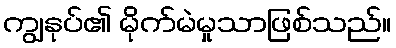
ကျွနုပ်၏ မိုက်မဲမှုသာဖြစ်သည်။